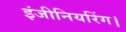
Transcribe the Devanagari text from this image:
इंजीनियरिंग।